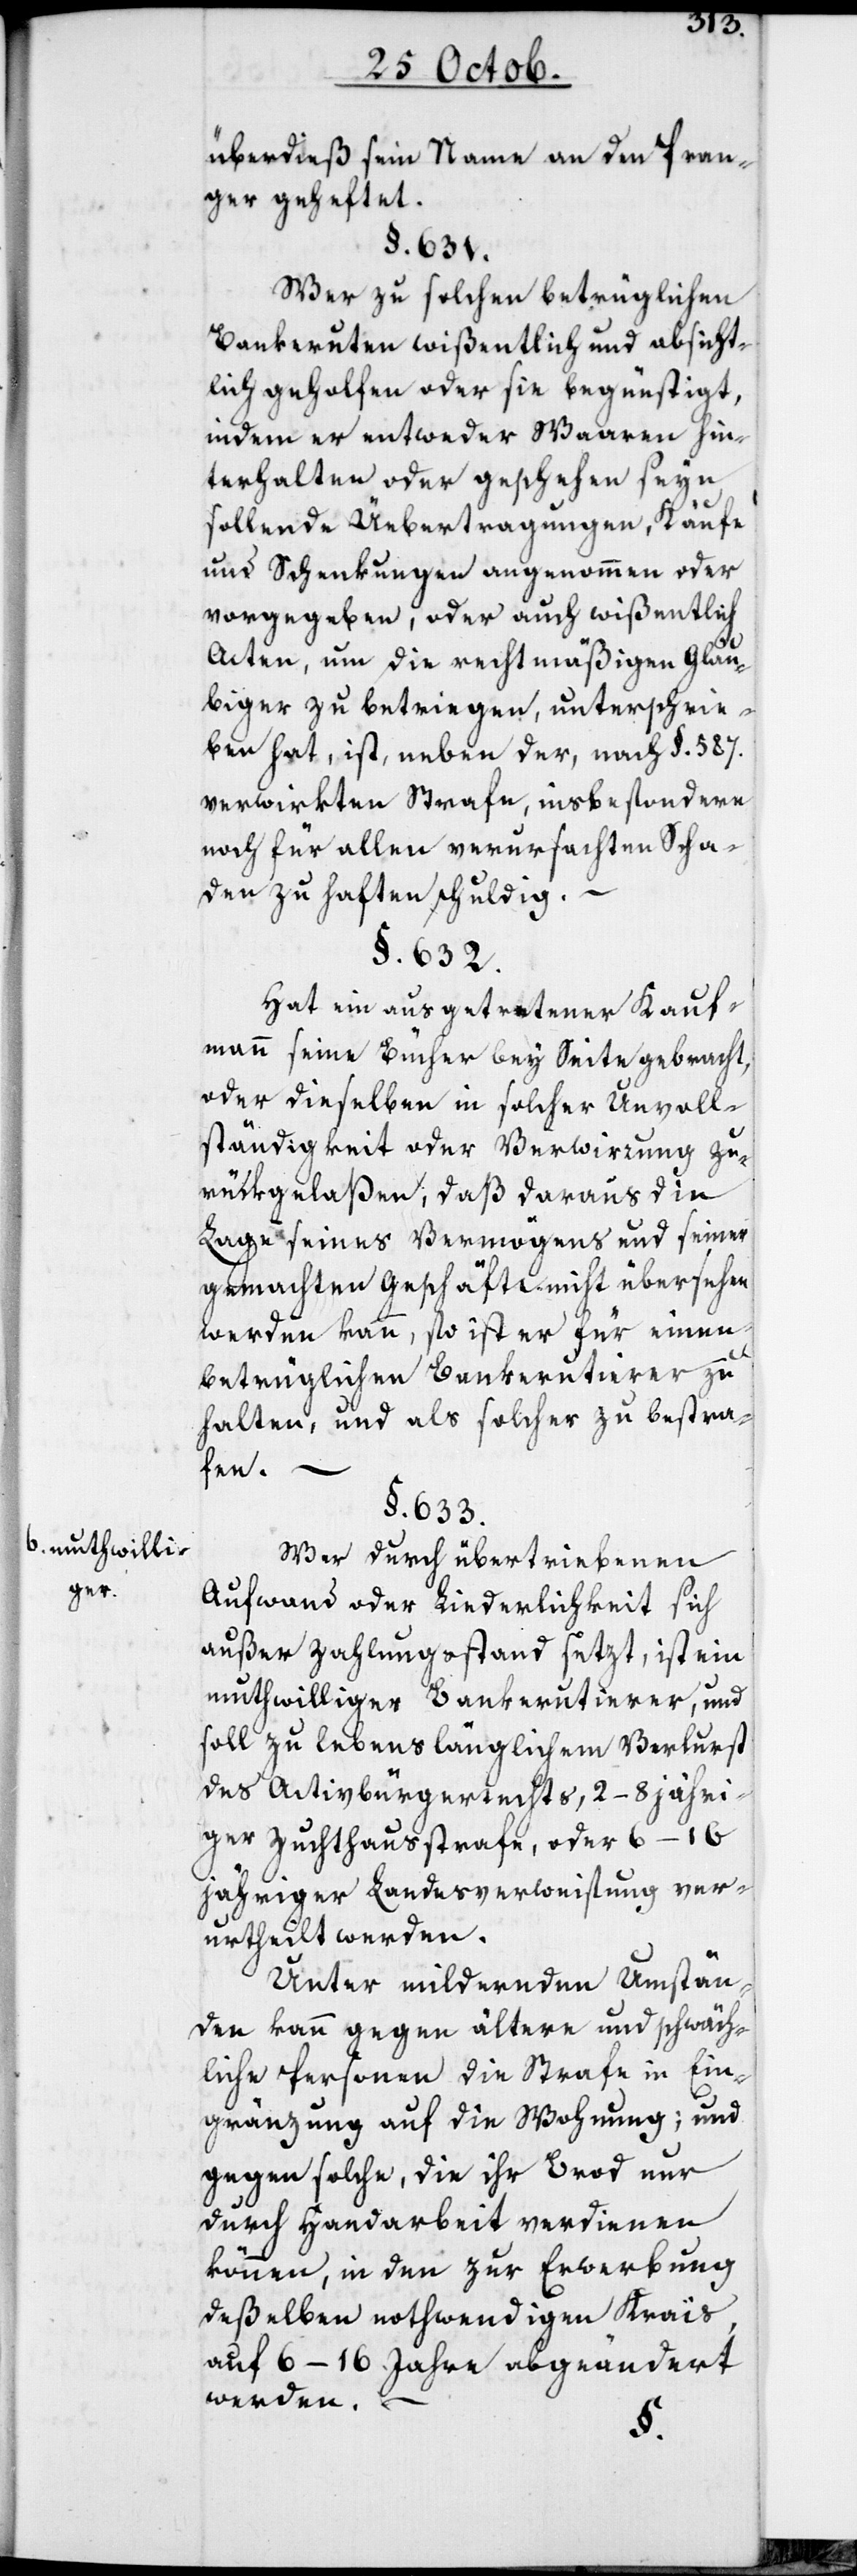
b. muthwilli¬
ger.

überdieß sein Name an den Pran¬
ger geheftet.
§. 631.
Wer zu solchen betrüglichen
Bankeruten wißentlich und absicht¬
lich geholfen oder sie begünstigt,
indem er entweder Waaren hin¬
terhalten oder geschehen seyn
sollende Uebertragungen, Käufe
und Schenkungen angenommen oder
vorgegeben, oder auch wißentlich
Acten, um die rechtmäßigen Gläu¬
biger zu betriegen, unterschrie¬
ben hat, ist, neben der nach §. 587.
verwirkten Strafe, insbesondere
noch für allen verursachten Scha¬
den zu haften schuldig.
§. 632.
Hat ein ausgetretener Kauf¬
mann seine Bücher bey Seite gebracht,
oder dieselben in solcher Unvoll¬
ständigkeit oder Verwirrung zu¬
rückgelaßen, daß daraus die
Lage seines Vermögens und seiner
gemachten Geschäfte nicht übersehen
werden kann, so ist er für einen
betrüglichen Bankerutierer zu
halten, und als solcher zu bestra¬
fen.
§. 633.
Wer durch übertriebenen
Aufwand oder Liederlichkeit sich
außer Zahlungsstand setzt, ist ein
muthwilliger Bankerutierer, und
soll zu lebenslänglichem Verlust
des Activbürgerrechts, 2–8 jähri¬
ger Zuchthausstrafe, oder 6–16
jähriger Landesverweisung ver¬
urtheilt werden.
Unter mildernden Umstän¬
den kann gegen ältere und schwäch¬
liche Personen die Strafe in Ein¬
gränzung auf die Wohnung; und
gegen solche, die ihr Brod nur
durch Handarbeit verdienen
können, in den zur Erwerbung
deßelben nothwendigen Krais
auf 6–16 Jahre abgeändert
werden. –